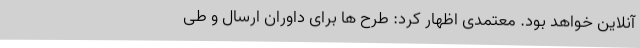
آنلاین خواهد بود. معتمدی اظهار کرد: طرح ها برای داوران ارسال و طی